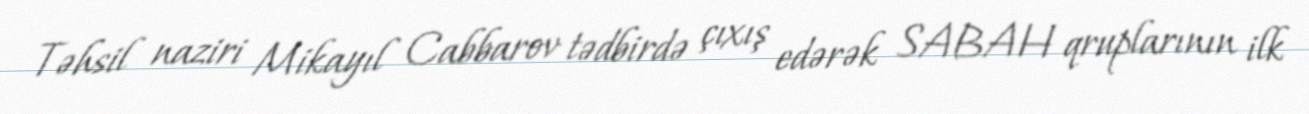
Təhsil naziri Mikayıl Cabbarov tədbirdə çıxış edərək SABAH qruplarının ilk